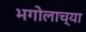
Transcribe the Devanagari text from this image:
भगोलाच्या